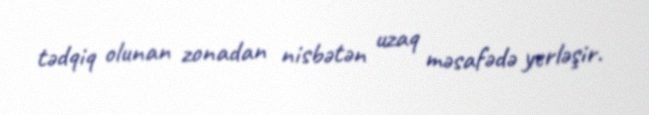
tədqiq olunan zonadan nisbətən uzaq məsafədə yerləşir.